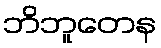
ဘိဘူတေန